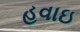
હવાઇ